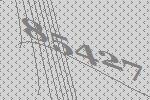
85427